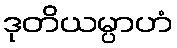
ဒုတိယမ္ပာဟံ